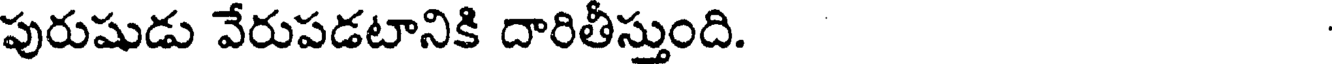
పురుషుడు వేరుపడటానికి దారితీస్తుంది.